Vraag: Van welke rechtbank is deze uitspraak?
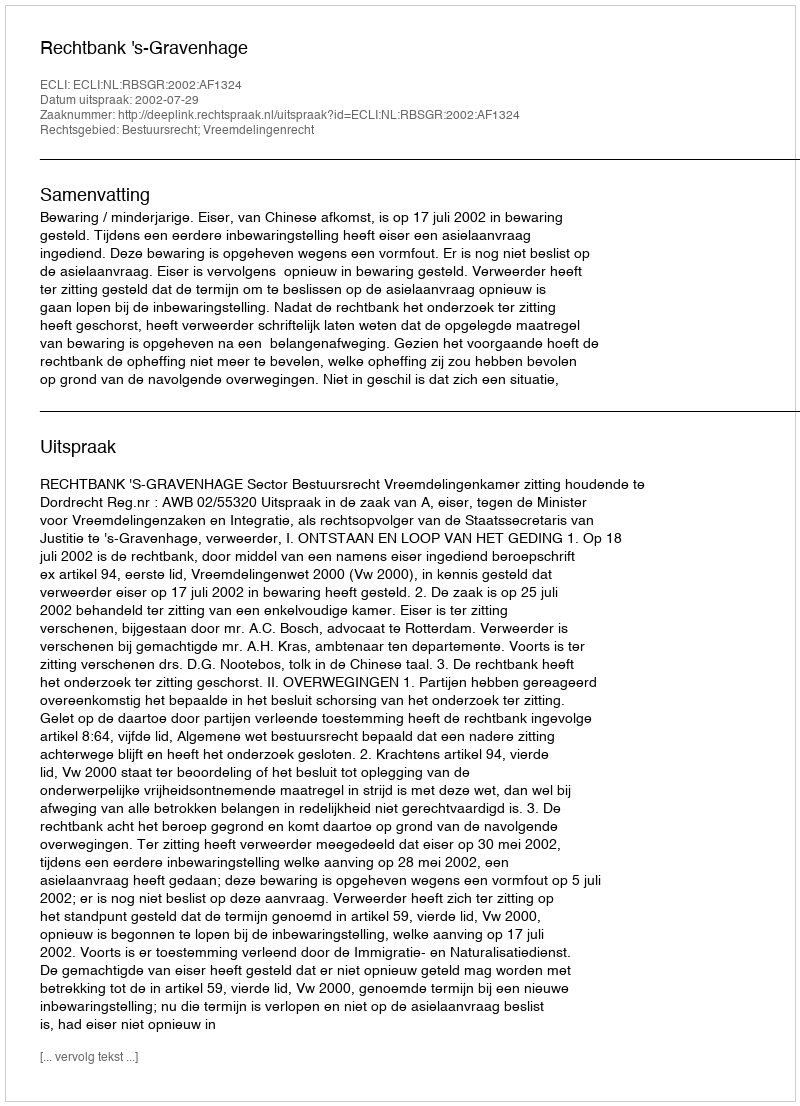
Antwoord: Rechtbank 's-Gravenhage